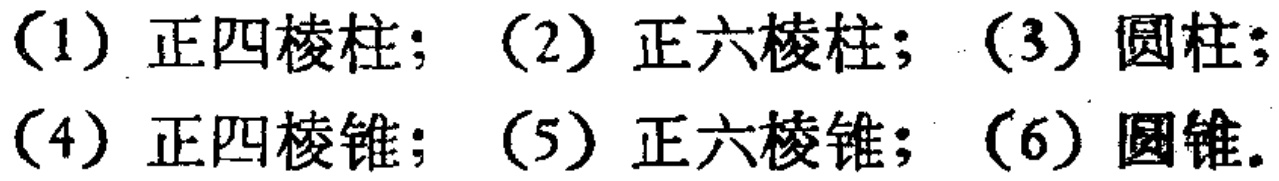
（1）正四棱柱；（2）正六棱柱；（3）圆柱；（4）正四棱锥；（5）正六棱锥；（6）圆锥。